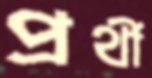
প্রর্থী